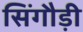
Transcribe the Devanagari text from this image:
सिंगौड़ी